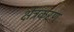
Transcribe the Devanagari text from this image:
क्षेत्रकरण